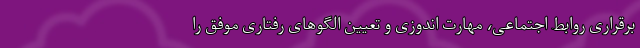
برقراری روابط اجتماعی، مهارت اندوزی و تعیین الگوهای رفتاری موفق را